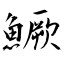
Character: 鱖